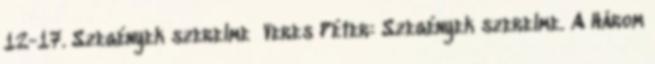
12-17. Szegények szerelme Veres Péter: Szegények szerelme. A Három